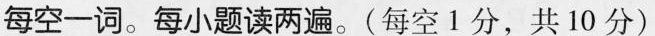
每空一词.每小题读两遍.(每空 1 分,共 10 分)